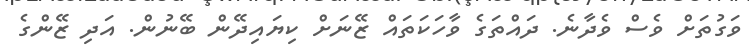
ވަގުތަށް ވެސް ވެދާނެ. ދައްތަގެ ވާހަކަތައް ޒޭނަށް ކިޔައިދޭން ބޭނުން. އަދި ޒޭންގެ